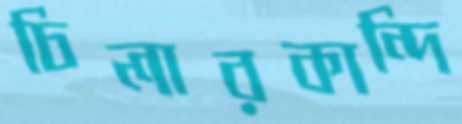
চিলারকান্দি